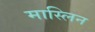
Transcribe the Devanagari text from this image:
मास्लिन